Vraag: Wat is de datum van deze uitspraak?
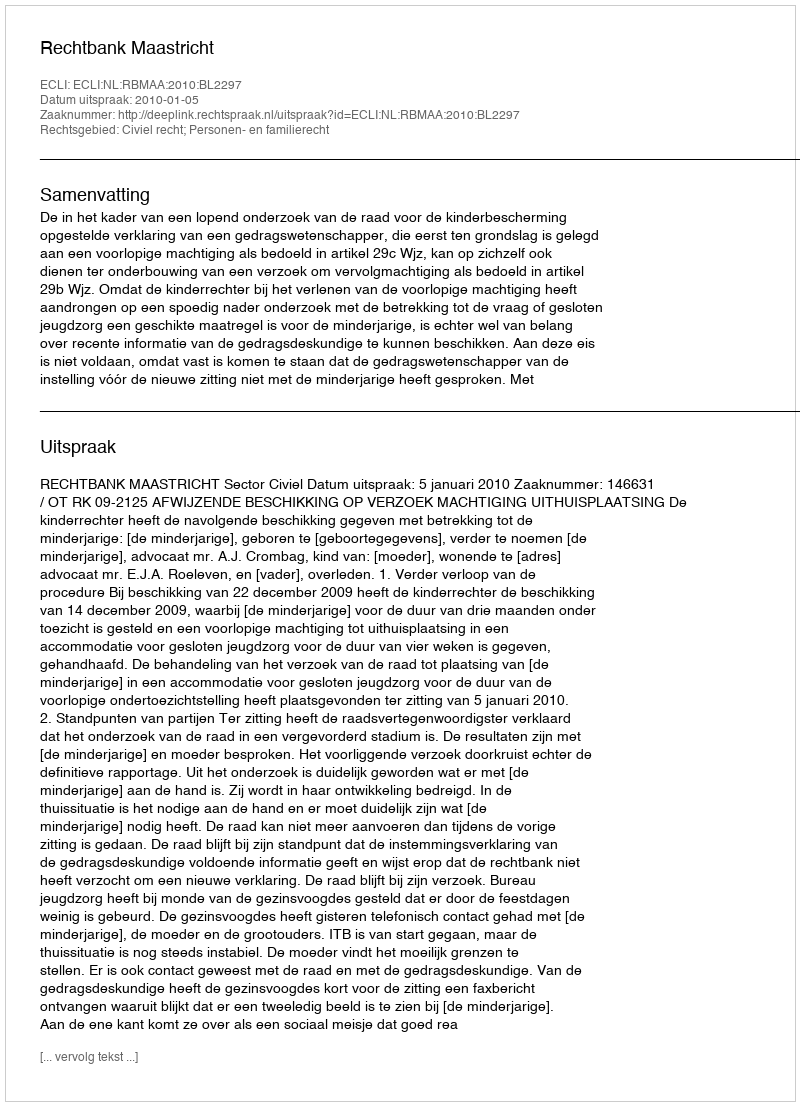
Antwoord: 2010-01-05